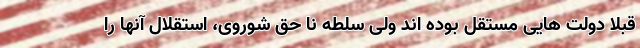
قبلا دولت هایی مستقل بوده اند ولی سلطه نا حق شوروی، استقلال آنها را